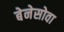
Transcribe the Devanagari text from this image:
बेनेसोवा